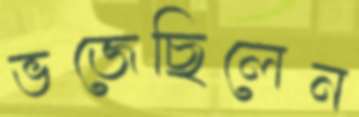
ভজেছিলেন